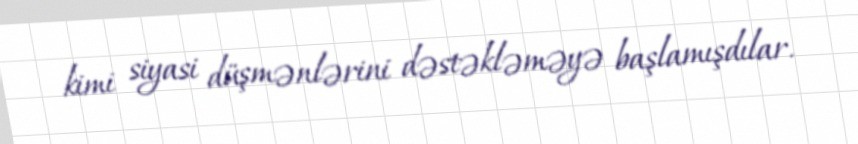
kimi siyasi düşmənlərini dəstəkləməyə başlamışdılar.